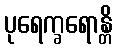
ပုရေက္ခရောန္တိ